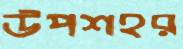
উপশহর